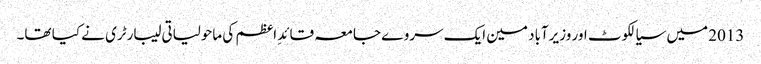
2013 میں سیالکوٹ اور وزیرآباد مین ایک سروے جامعہ قائدِ اعظم کی ماحولیاتی لیبارٹری نے کیا تھا۔